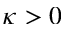
\kappa > 0